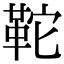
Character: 𩉺